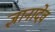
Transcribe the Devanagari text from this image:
ज्ञानादेव